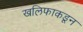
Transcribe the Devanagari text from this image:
खलिफाकडून